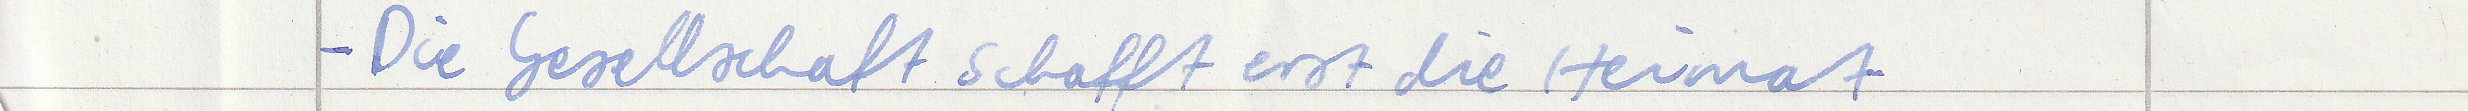
- Die Gesellschaft schafft erst die Heimat